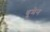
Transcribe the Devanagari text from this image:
धूमेन